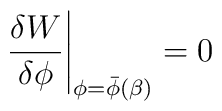
\left.	{\delta W\over{\delta \phi}}\right| _{\phi=\bar{\phi}(\beta)}  =0